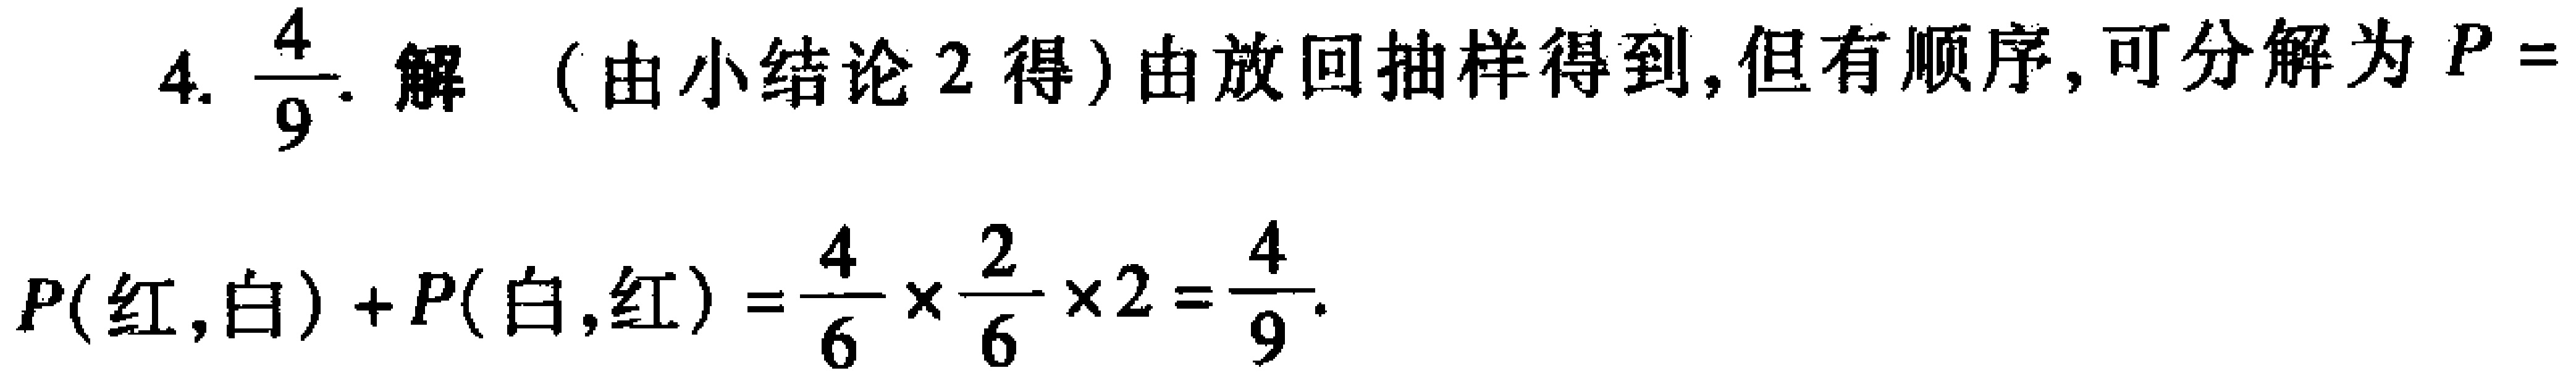
4. $\frac{4}{9}$. 解  (由小结论 2 得) 由放回抽样得到, 但有顺序, 可分解为 $P =$

$P(红,白)+P(白,红)=\frac{4}{6}\times\frac{2}{6}\times 2=\frac{4}{9}$.